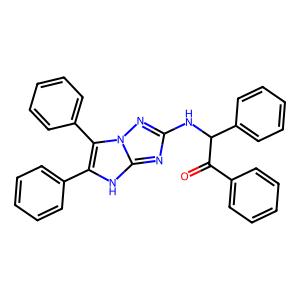
SMILES: O=C(c1ccccc1)C(Nc1nc2[nH]c(-c3ccccc3)c(-c3ccccc3)n2n1)c1ccccc1
Inhibits HIV replication: No